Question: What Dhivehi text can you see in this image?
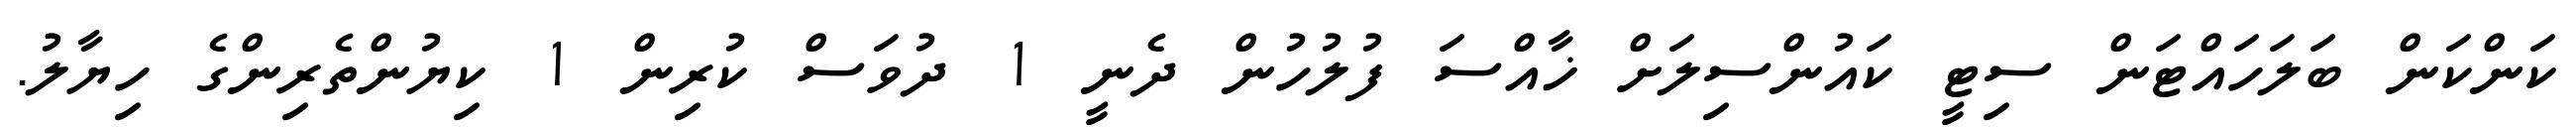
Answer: ކަންކަން ބަލަހައްޓަން ސިޓީ ކައުންސިލަށް ޚާއްސަ ފުލުހުން ދެނީ 1 ދުވަސް ކުރިން 1 ކިޔުންތެރިންގެ ހިޔާލު.